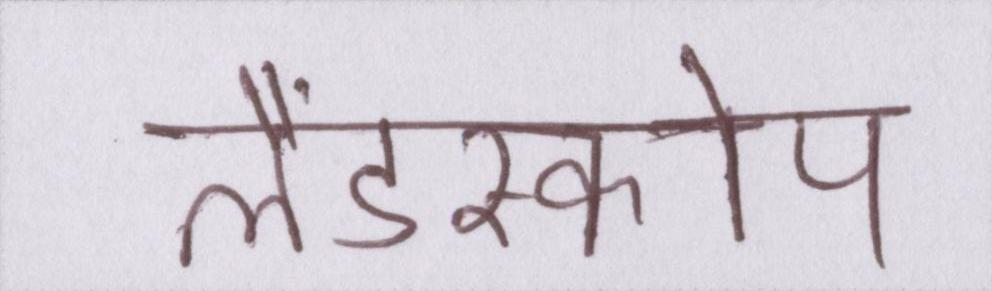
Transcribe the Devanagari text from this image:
लैंडस्कोप